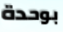
بوحدة